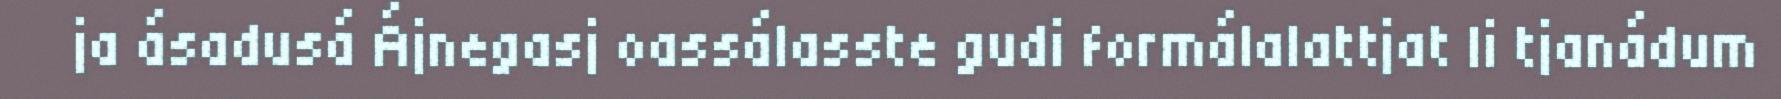
ja ásadusá Ájnegasj oassálasste gudi formálalattjat li tjanádum